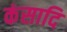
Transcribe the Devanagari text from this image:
कंसादि